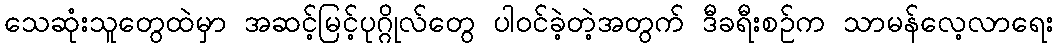
သေဆုံးသူတွေထဲမှာ အဆင့်မြင့်ပုဂ္ဂိုလ်တွေ ပါဝင်ခဲ့တဲ့အတွက် ဒီခရီးစဉ်က သာမန်လေ့လာရေး